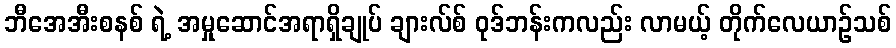
ဘီအေအီးစနစ် ရဲ့ အမှုဆောင်အရာရှိချုပ် ချားလ်စ် ဝုဒ်ဘန်းကလည်း လာမယ့် တိုက်လေယာဉ်သစ်